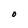
Character: O